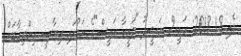
މެއި 18 2018: ރައީސް ނަޝީދު "ޖަޒީރާ ރައީސް"ގެ ނަމުގައި ރިޔާސީ އިންތިހާބަށް